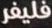
فليفر